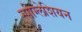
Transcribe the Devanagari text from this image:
स्पीग्लेशियन